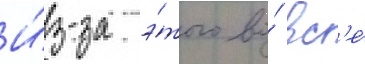
И́з-за э́того во́ вс'е́